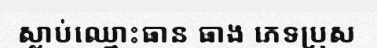
ស្លាប់ឈ្មោះធាន ធាង ភេទប្រុស